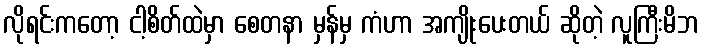
လိုရင်းကတော့ ငါ့စိတ်ထဲမှာ စေတနာ မှန်မှ ကံဟာ အကျိုးပေးတယ် ဆိုတဲ့ လူကြီးမိဘ